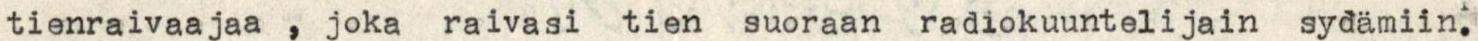
tienraivaajaa, joka raivasi tien suoraan radiokuuntelijain sydämiin.